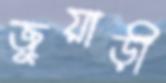
জুয়াড়ী